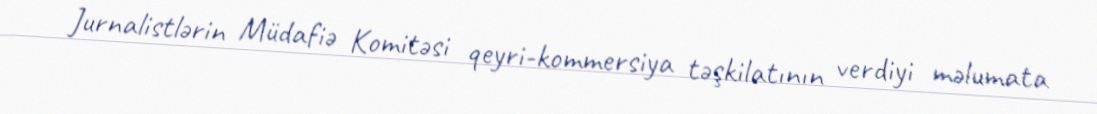
Jurnalistlərin Müdafiə Komitəsi qeyri-kommersiya təşkilatının verdiyi məlumata